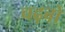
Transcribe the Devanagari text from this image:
चढ़बो